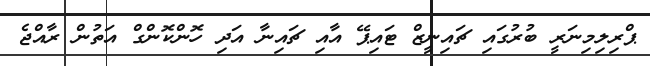
ޕްރިލިމިނަރީ ބުރުގައި ޗައިނީޒް ޓައިޕޭ އާއި ޗައިނާ އަދި ހޮންކޮންގް އަތުން ރާއްޖެ